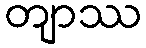
တျာဿ